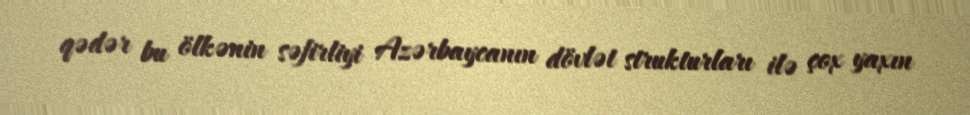
qədər bu ölkənin səfirliyi Azərbaycanın dövlət strukturları ilə çox yaxın